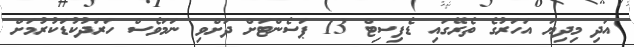
އަދި މިދިޔަ އަހަރުގެ ތެރޭގައި ޑެފިސިޓް 13 ޕަސެންޓަށް ދަށްވި ނަމަވެސް ހަރަދުކުޑަކުރުމަށް